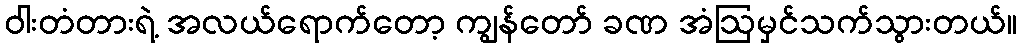
ဝါးတံတားရဲ့ အလယ်ရောက်တော့ ကျွန်တော် ခဏ အံဩမှင်သက်သွားတယ်။